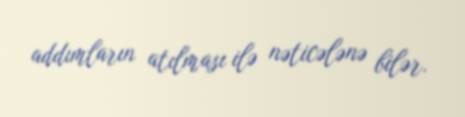
addımların atılması ilə nəticələnə bilər.